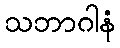
သဘာဂါနံ